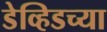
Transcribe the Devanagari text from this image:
डेव्हिडच्या